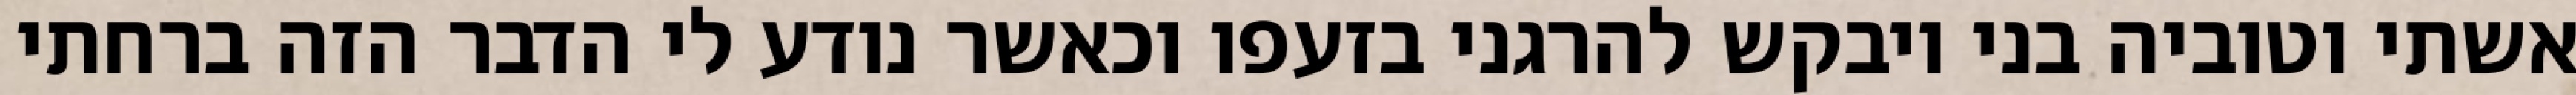
אשתי וטוביה בני ויבקש להרגני בזעפו וכאשר נודע לי הדבר הזה ברחתי